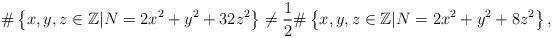
LaTeX: \begin{align*}\# \left\{ x,y,z \in \mathbb{Z} \vert N =2x^{2}+y^{2}+32z^2 \right\} \ne\frac{1}{2} \# \left\{ x,y,z \in \mathbb{Z} \vert N=2x^{2}+y^{2}+8z^2 \right\},\end{align*}